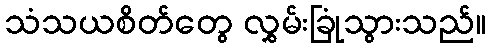
သံသယစိတ်တွေ လွှမ်းခြုံသွားသည်။